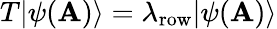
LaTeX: T|\psi(\mathbf{A})\rangle=\lambda_{\mathrm{{row}}}|\psi(\mathbf{A})\rangle